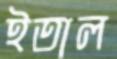
ইতাল